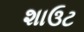
શાઉટ